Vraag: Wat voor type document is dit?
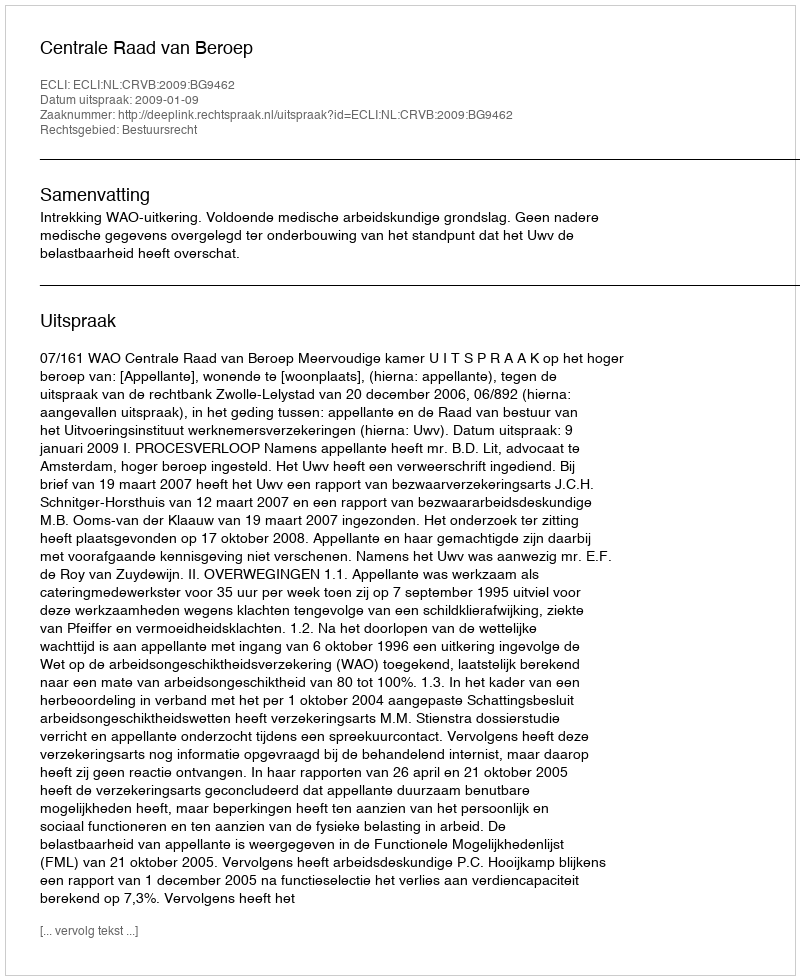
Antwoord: Uitspraak